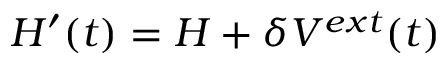
H ^ { \prime } ( t ) = H + \delta V ^ { e x t } ( t )